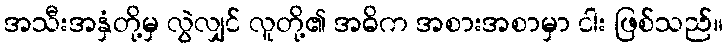
အသီးအနှံတို့မှ လွဲလျှင် လူတို့၏ အဓိက အစားအစာမှာ ငါး ဖြစ်သည်။